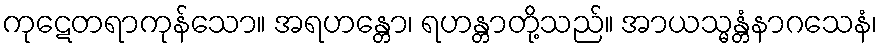
ကုဋေတရာကုန်သော။ အရဟန္တော၊ ရဟန္တာတို့သည်။ အာယသ္မန္တံနာဂသေနံ၊